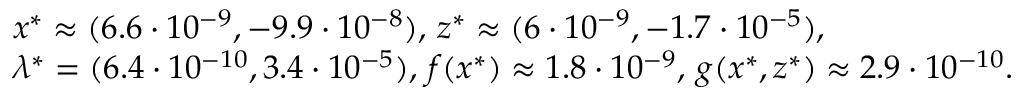
\begin{array} { r l } & { x ^ { * } \approx ( 6 . 6 \cdot 1 0 ^ { - 9 } , - 9 . 9 \cdot 1 0 ^ { - 8 } ) , \, z ^ { * } \approx ( 6 \cdot 1 0 ^ { - 9 } , - 1 . 7 \cdot 1 0 ^ { - 5 } ) , } \\ & { \lambda ^ { * } = ( 6 . 4 \cdot 1 0 ^ { - 1 0 } , 3 . 4 \cdot 1 0 ^ { - 5 } ) , \, f ( x ^ { * } ) \approx 1 . 8 \cdot 1 0 ^ { - 9 } , \, g ( x ^ { * } , z ^ { * } ) \approx 2 . 9 \cdot 1 0 ^ { - 1 0 } . } \end{array}